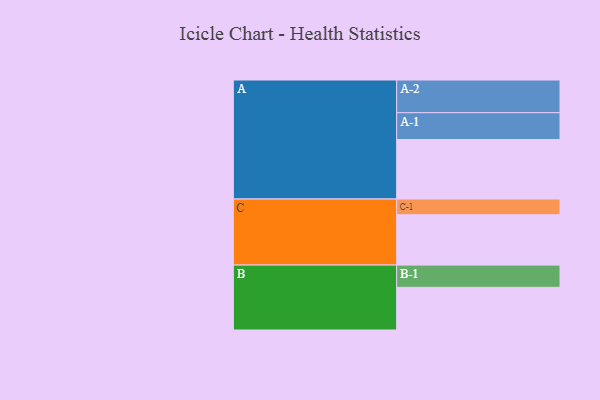
{"axis": {"x": "Segment", "y": "Value"}, "legend": ["", "A", "B", "C"], "data": [{"x": "A", "y": 473, "type": ""}, {"x": "B", "y": 339, "type": ""}, {"x": "C", "y": 400, "type": ""}, {"x": "A-1", "y": 213, "type": "A"}, {"x": "A-2", "y": 260, "type": "A"}, {"x": "B-1", "y": 177, "type": "B"}, {"x": "C-1", "y": 125, "type": "C"}]}